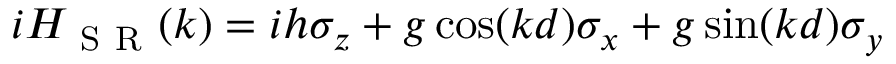
i H _ { \mathrm { ~ S ~ R ~ } } ( k ) = i h \sigma _ { z } + g \cos ( k d ) \sigma _ { x } + g \sin ( k d ) \sigma _ { y }